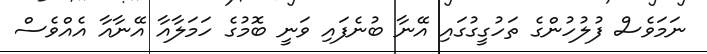
ނަމަވެސް ފުލުހުންގެ ތަހުގީގުގައި އޭނާ ބުނެފައި ވަނީ ބޮމުގެ ހަމަލާއާ އޭނާއާ އެއްވެސް